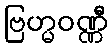
ဗြဟ္မဝဏ္ဏီ